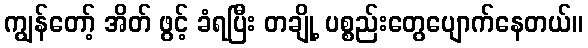
ကျွန်တော့် အိတ် ဖွင့် ခံရပြီး တချို့ ပစ္စည်းတွေပျောက်နေတယ်။